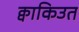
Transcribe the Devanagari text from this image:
क्वाकिउत